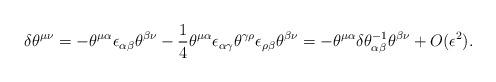
LaTeX: \begin{align*} \delta \theta^{\mu\nu}=-\theta^{\mu\alpha}\epsilon_{\alpha\beta} \theta^{\beta\nu}-\frac{1}{4}\theta^{\mu\alpha}\epsilon_{\alpha\gamma} \theta^{\gamma\rho}\epsilon_{\rho\beta}\theta^{\beta\nu}= -\theta^{\mu\alpha}\delta\theta^{-1}_{\alpha\beta} \theta^{\beta\nu}+O(\epsilon^2).\end{align*}